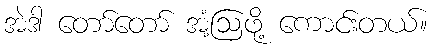
အဲဒါ တော်တော် အံ့ဩဖို့ ကောင်းတယ်။